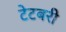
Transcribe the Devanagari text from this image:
टेटबरी